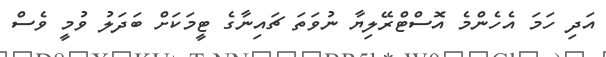
އަދި ހަމަ އެހެންމެ އޮސްޓްރޭލިޔާ ނުވަތަ ޗައިނާގެ ޓީމަކަށް ބަދަލު ވުމީ ވެސް